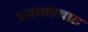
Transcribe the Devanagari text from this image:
खनखाह